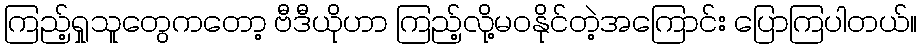
ကြည့်ရှုသူတွေကတော့ ဗီဒီယိုဟာ ကြည့်လို့မဝနိုင်တဲ့အကြောင်း ပြောကြပါတယ်။